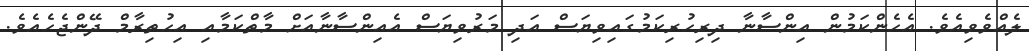
ލެއްވެވިއެވެ. އެހެންކަމުން އިންސާނާ ދިރިހުރިކަމުގައިވިޔަސް އަދި މަރުވިޔަސް އެއިންސާނާއަށް މާތްކަމާއި އިޙުތިރާމް ދޭންޖެހެއެވެ.